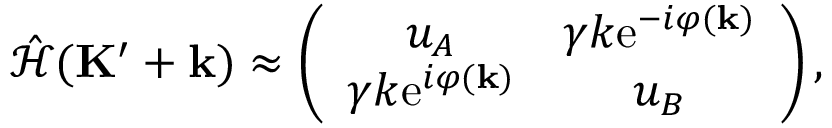
\begin{array} { r } { \hat { \mathcal { H } } ( \mathbf { K } ^ { \prime } + \mathbf { k } ) \approx \left( \begin{array} { c c } { u _ { A } } & { \gamma k \mathrm { e } ^ { - i \varphi ( \mathbf { k } ) } } \\ { \gamma k \mathrm { e } ^ { i \varphi ( \mathbf { k } ) } } & { u _ { B } } \end{array} \right) , } \end{array}